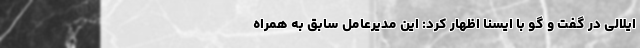
ایلالی در گفت و گو با ایسنا اظهار کرد: این مدیرعامل سابق به همراه